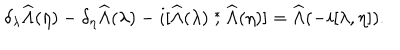
\delta _ { \lambda } \widehat \Lambda ( \eta ) - \delta _ { \eta } \widehat \Lambda ( \lambda ) - i [ \widehat \Lambda ( \lambda ) \stackrel { * } { , } \widehat \Lambda ( \eta ) ] = \widehat \Lambda ( - i [ \lambda , \eta ] ) .